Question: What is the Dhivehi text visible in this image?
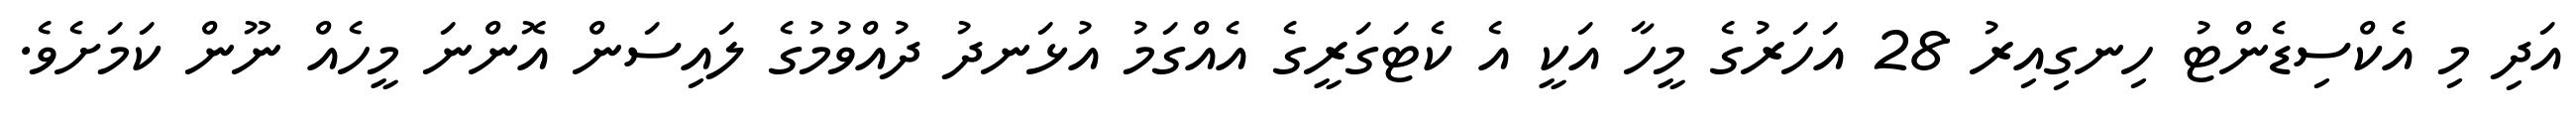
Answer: އަދި މި އެކްސިޑެންޓު ހިނގިއިރު 28 އަހަރުގެ މީހާ އަކީ އެ ކެޓަގަރީގެ އެއްގަމު އުޅަނދު ދުއްވުމުގެ ލައިސަން އޮންނަ މީހެއް ނޫން ކަމަށެވެ.